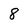
Character: 8